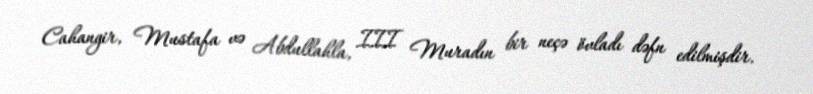
Cahangir, Mustafa və Abdullahla, III Muradın bir neçə övladı dəfn edilmişdir.